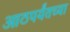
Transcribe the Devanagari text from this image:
आठपर्यंतच्या